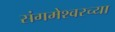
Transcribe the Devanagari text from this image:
संगमेश्वरच्या